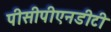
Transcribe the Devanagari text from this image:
पीसीपीएनडीटी